Elephants and their diseases
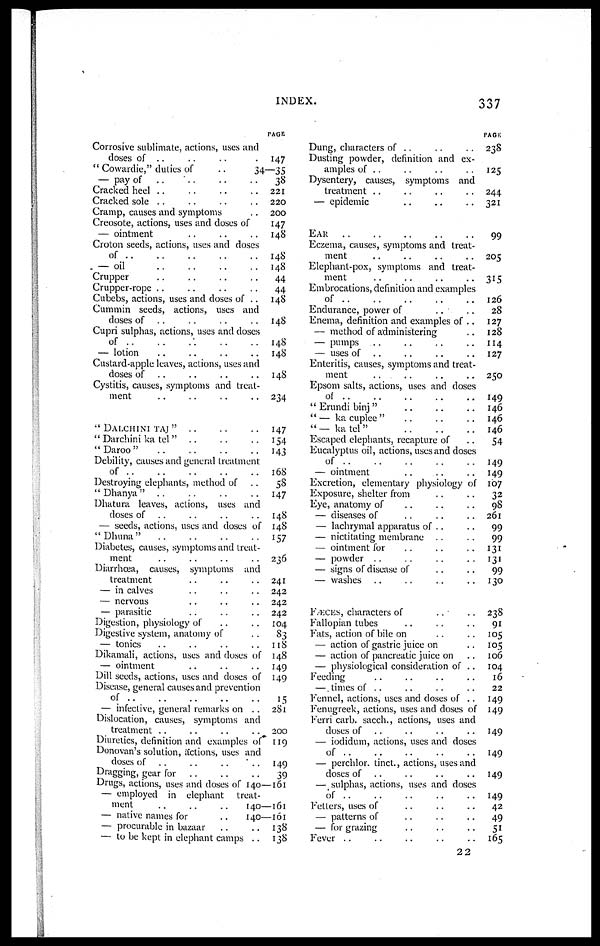
INDEX
337
Corrosive sublimate, actions, uses and
doses of ..
" Cowardie," duties of
..
— pay of
Cracked heel
Cracked sole
Cramp, causes and symptoms
Creosote, actions, uses and doses of
— ointment
Croton seeds, actions, uses and doses
of
— oil
Crupper
Crupper-rope
Cubebs, actions, uses and doses of ..
Cummin seeds, actions, uses and
doses of
Cupri sulphas, actions, uses and doses
of
..
— lotion
Custard-apple leaves, actions, uses and
doses of
Cystitis, causes, symptoms and treat-
ment
" DALCHINI TAJ " ..
"Darchini ka tel"
" Daroo"
Debility, causes and general treatment
of
Destroying elephants, method of
'' Dhanya "
Dhatura leaves, actions, uses and
doses of
— seeds, actions, uses and doses of
"Dhuna"
Diabetes, causes, symptoms and treat-
ment
Diarrhoea, causes, symptoms and
treatment
— in calves
— nervous
— parasitic
Digestion, physiology of
Digestive system, anatomy of
— tonics
Dikamali, actions, uses and doses of
— ointment
Dill seeds, actions, uses and closes of
Disease, general causes and prevention
of
— infective, general remarks on . .
Dislocation, causes, symptoms and
treatment
Diuretics, definition and examples of
Donovan's solution, actions, uses and
doses of
Dragging, gear for
Drugs, actions, uses and doses of
— employed in elephant treat-
ment
..
..
..
— native names for
..
— procurable in bazaar
— to be kept in elephant camps ..
PAGE
147
34—35
38
221
220
200
147
148
148
148
44
44
148
148
148
148
148
234
147
154
143
168
58
147
148
148
157
236
241
242
242
242
104
83
118
148
149
149
15
281
200
119
149
39
140—161
140—161
140—161
138
138
Dung, characters of ..
Dusting powder, definition and ex-
amples of ..
Dysentery, causes, symptoms and
treatment ..
— epidemic
EAR
Eczema, causes, symptoms and treat-
ment
Elephant-pox, symptoms and treat-
ment
Embrocations, definition and examples
of
Endurance, power of
Enema, definition and examples of ..
— method of administering
— pumps ...
— uses of ..
Enteritis, causes, symptoms and treat-
ment
Epsom salts, actions, uses and doses
of
" Erundi binj "
" — ka cuplee"
"— ka tel"
Escaped elephants, recapture of
Eucalyptus oil, actions, uses and doses
of
— ointment
Excretion, elementary physiology of
Exposure, shelter from
Eye, anatomy of
— diseases of
— lachrymal apparatus of . .
— nictitating membrane
— ointment for
— powder ..
— signs of disease of
— washes
FÆCES, characters of
Fallopian tubes
Fats, action of bile on
— action of gastric juice on
— action of pancreatic juice on
— physiological consideration of
Feeding
—, times of ..
Fennel, actions, uses and doses of
Fenugreek, actions, uses and closes of
Ferri carb. sacch., actions, uses and
doses of
— iodidum, actions, uses and doses
of ..
— perchlor. tinct., actions, uses and
doses of
— sulphas, actions, uses and doses
of
Fetters, uses of
— patterns of
— for grazing
Fever ..
PAGE
238
125
244
321
99
205
315
126
28
127
128
114
127
250
149
146
146
146
54
149
149
107
32
98
261
99
99
131
131
99
130
238
91
105
105
106
104
16
22
149
149
149
149
149
149
42
49
51
165
22